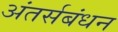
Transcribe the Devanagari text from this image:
अंतर्सबंधन